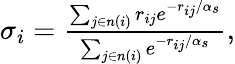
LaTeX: \begin{array}{r}{\sigma_{i}=\frac{\sum_{j\in n(i)}r_{ij}e^{-r_{ij}/\alpha_{s}}}{\sum_{j\in n(i)}e^{-r_{ij}/\alpha_{s}}},}\end{array}